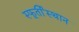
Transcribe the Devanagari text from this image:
स्फूर्तीस्थान